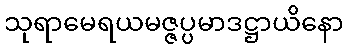
သုရာမေရယမဇ္ဇပ္ပမာဒဋ္ဌာယိနော